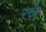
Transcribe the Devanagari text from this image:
रजे